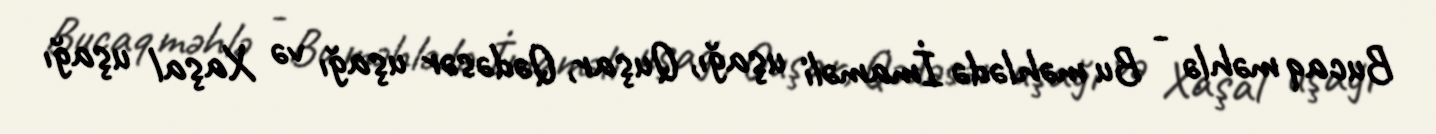
Bucaq məhlə - Bu məhlədə İmaməli uşağı, Quşar, Qədəsər uşağı və Xaşal uşağı